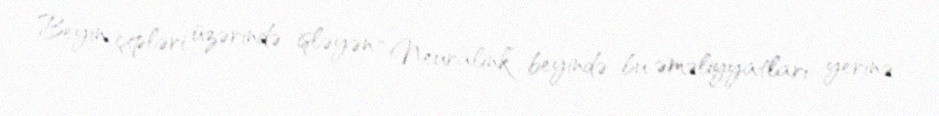
Beyin çipləri üzərində işləyən “Neuralink” beyində bu əməliyyatları yerinə